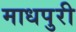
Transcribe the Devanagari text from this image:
माधपुरी